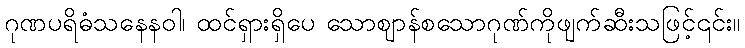
ဂုဏပရိဓံသနေနဝါ၊ ထင်ရှားရှိပေ သောဈာန်စသောဂုဏ်ကိုဖျက်ဆီးသဖြင့်၎င်း။